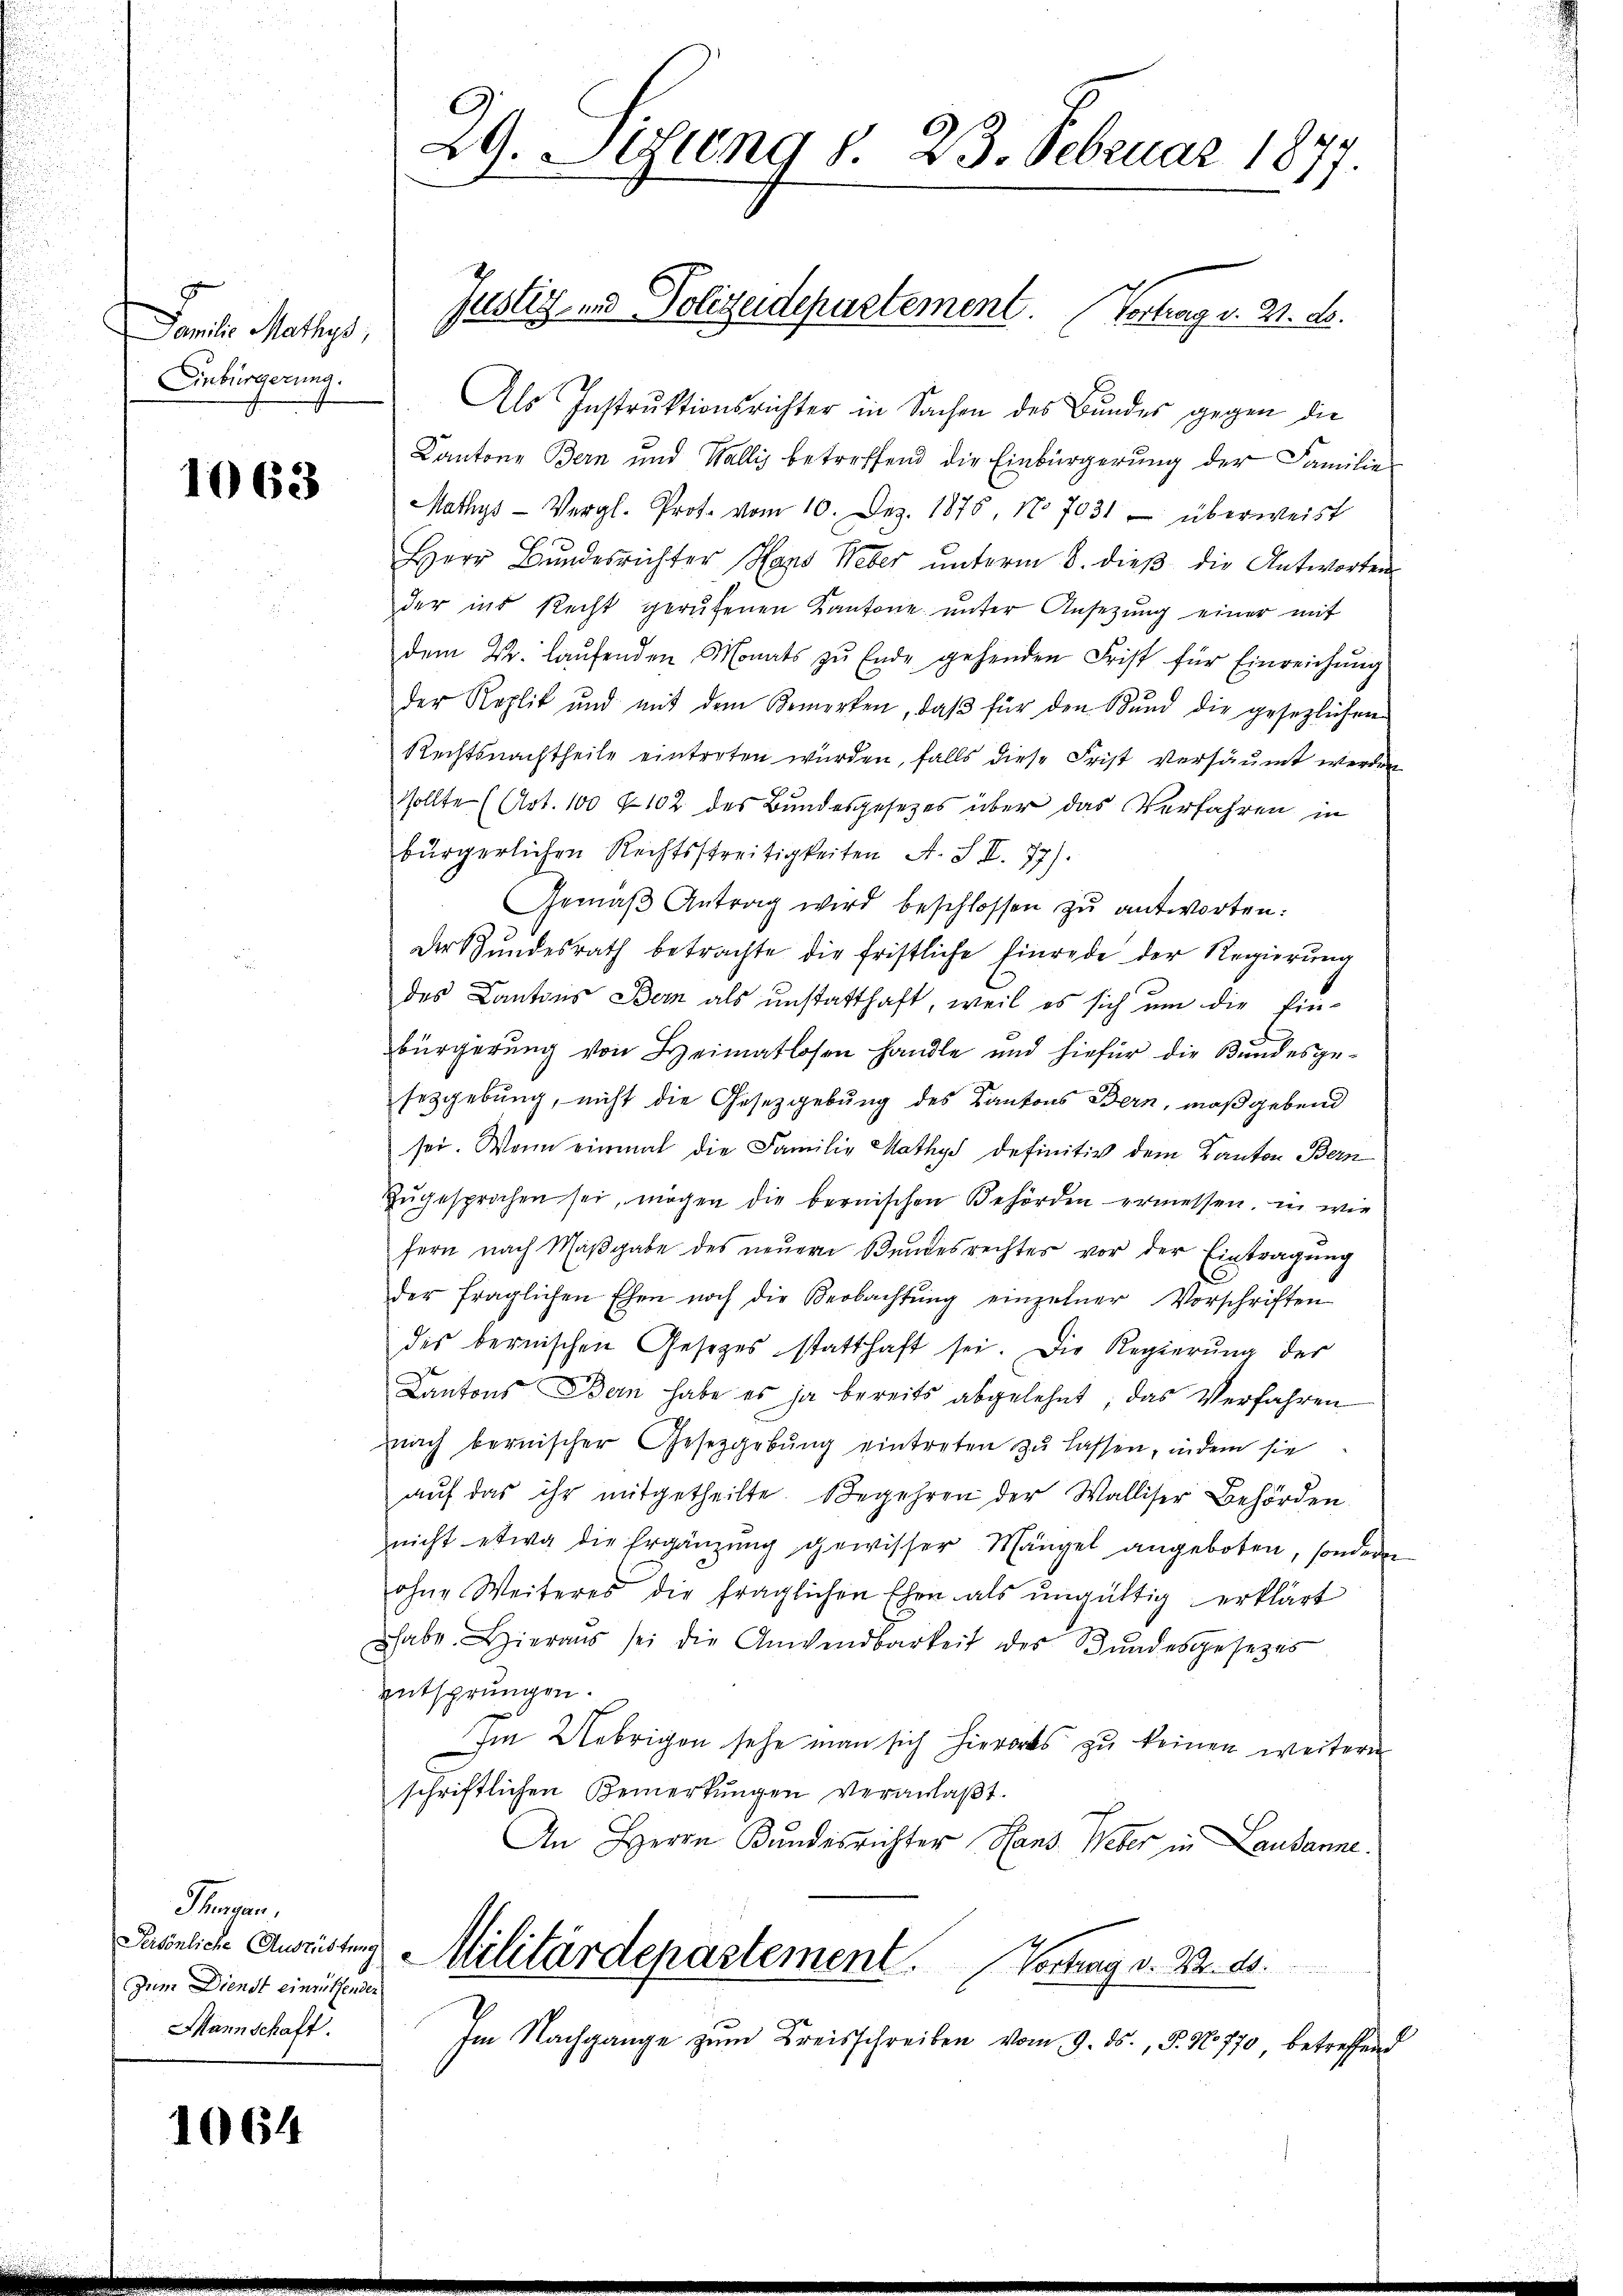
Familie Mathys,
Einbürgerung.

1063

Als Instruktionsrichter in Sachen des Bundes gegen die
Kantone Bern und Wallis betreffend die Einbürgerung der Familie
Mathys Vergl. Prot. vom 10. Dez. 1875, No 7031 überweist
Herr Bŭndesrichter Hans Weber ŭnterm 8. dieβ die Antworten
der ins Recht gerufenen Kantone ŭnter Ansetzŭng einer mit
dem Dr. laŭfenden Monats zu Ende gehenden Frist für Einreichŭng
der Roplit und mit dem Bemerken, daβ für den Bŭnd die gesezlichen
Rechtsnachtheile eintreten würden, falls diese Frist versäumt werden
sollte (Art. 100 f 102 des Bundesgesetzes über das Verfahren in
bürgerlichen Rechtsstreitigkeiten A. S. II. 77).
Gemäβ Antrag wird beschlossen zu antworten:
der Bŭndesrath betrachte die fristliche Einrede der Regierŭng
des Cantons Bern als unstatthaft, weil es sich um die Ein-
bürgerŭng von Heimatlosen handle und hiefür die Kundesge-
sezgebung, nicht die Gesetzgebung des Kantons Bern, maßgebend
sei. Wenn einmal die Familie Mathys definitiv dem Kanton Bern
zŭgesprochen sei, mögen die bernischen Behörden ermessen, in wie
fern nach Maβgabe des neuern Bundesrechtes vor der Eintragung
der fraglichen Ehen noch die Beobachtŭng einzelner Vorschriften
des bernischen Gesetzes statthaft sei. Die Regierŭng der
Kantons Bern habe es ja bereits abgelehnt, das Verfahren
nach bernischer Gesetzgebung eintreten zŭ lassen, indem sie
aŭf das ihr mitgetheilte. Begehren der Walliser Behörden.
nicht etwa die Ergänzŭng gewisser Mängel angeboten, sondern
ohne Weiteres die fraglichen Ehen als ŭngültig erklärt
habe. Hieraus sei die Anwendbarkeit des Inndesgesezes
entsprungen.
Im Uebrigen sehe man sich hierorts zu keinen weitern
schriftlichen Bemerkungen veranlaβt.
An Herrn Bundesrichter Hans Weber in Lausanne.
Paönlich Ausritten Militärdepartement. Vortrag v. 2. 15.
Im Nachgange zum Kreisschreiben vom 9. ds., S. 1770, betreffend

Sennen.
Zum Dienst einzuthender
Mannschaft.

1064

29. Lesung d. 23. Februar 1877.

Justiz- und Polizeidepartement. Vortrag v. 21. d.